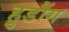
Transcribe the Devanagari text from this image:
हुडौंग